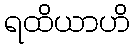
ရထိယာဟိ